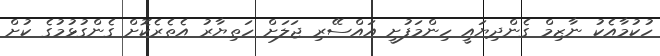
ހުކުމާއެކު ނާޒިމް ގެންދިޔައީ ހިންމަފުށީ އައްސޭރި ޖަލަށް ހަތިޔާރު އެތެރެކޮށް ގެންގުޅުމުގެ ކުށް